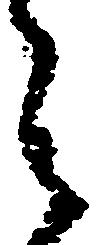
之